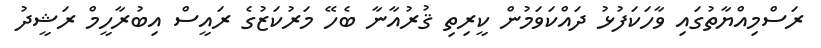
ރަސްމިއްޔާތުގައި ވާހަކަފުޅު ދައްކަވަމުން ކީރިތި ޤުރުއާނާ ބެހޭ މަރުކަޒުގެ ރައީސް އިބުރާހީމް ރަޝީދު